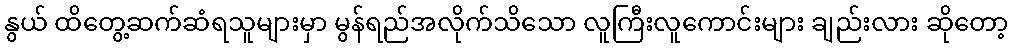
နွယ် ထိတွေ့ဆက်ဆံရသူများမှာ မွန်ရည်အလိုက်သိသော လူကြီးလူကောင်းများ ချည်းလား ဆိုတော့